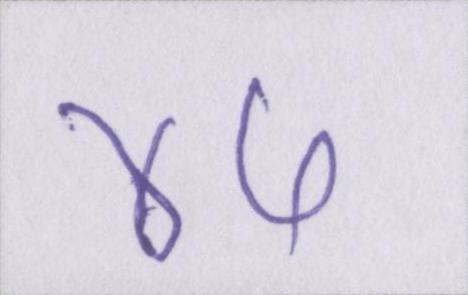
४५